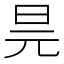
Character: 𭥖